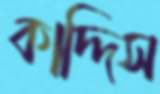
কাদ্দিস